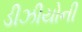
ડીઝીયોની